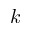
k